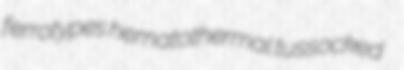
ferrotypes hematothermal tussocked